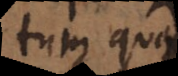
tum quae